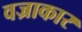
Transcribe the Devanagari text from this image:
वज्राकार